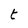
Character: t